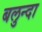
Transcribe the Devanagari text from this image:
बलुन्दा